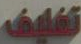
تغليف